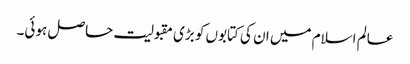
عالم اسلام میں ان کی کتابوں کو بڑی مقبولیت حاصل ہوئی۔